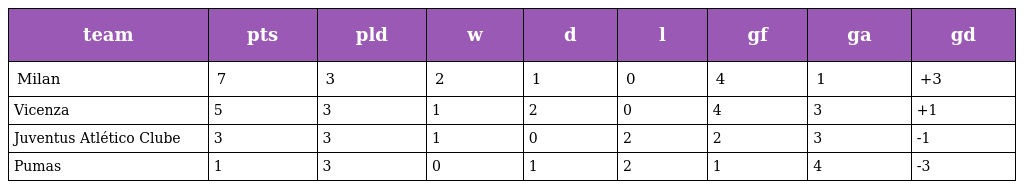
| team | pts | pld | w | d | l | gf | ga | gd |
 | --- | --- | --- | --- | --- | --- | --- | --- | --- |
 | Milan | 7 | 3 | 2 | 1 | 0 | 4 | 1 | +3 |
 | Vicenza | 5 | 3 | 1 | 2 | 0 | 4 | 3 | +1 |
 | Juventus Atlético Clube | 3 | 3 | 1 | 0 | 2 | 2 | 3 | -1 |
 | Pumas | 1 | 3 | 0 | 1 | 2 | 1 | 4 | -3 |